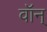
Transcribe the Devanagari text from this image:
वॉन्